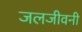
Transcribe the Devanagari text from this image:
जलजीवनी